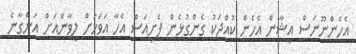
އެހެންނޫނަސް އިޝާން އެހެން ކުއްޖަކު ގެންގުޅެން ފެށިއަސް އެހާ އަވަހަށް ލީވާންއަށް އަންގާނެ